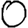
Digit: 0